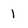
Character: 1